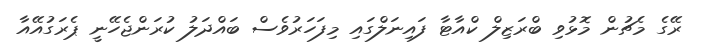
ރޭގެ މެޗުން މޮޅުވި ބްރަޒިލް ކްއާޓާ ފައިނަލްގައި މިފަހަރުވެސް ބައްދަލު ކުރަންޖެހޭނީ ޕެރަގުއޭއާ